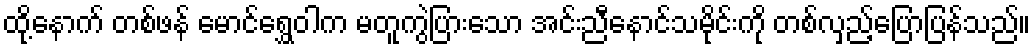
ထို့နောက် တစ်ဖန် မောင်ရွှေဝါက မတူကွဲပြားသော အင်းညီနောင်သမိုင်းကို တစ်လှည့်ပြောပြန်သည်။